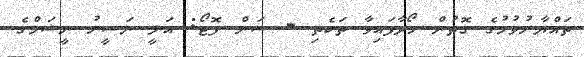
ތައްޔާރުވުމުގެ ގޮތުން ހޯދާފައިވާ ތަކެތި - ސަން ފޮޓޯ: އަލީ ނަސީރު ނީޝަމްގެ